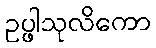
ဥပ္ဖါသုလိကော